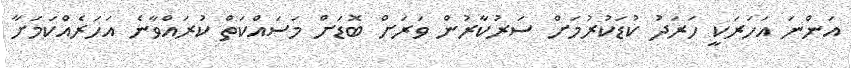
އަންނަ އަހަރަކީ ހަރަދު ކުޑަކުރުމަށް ސަރުކާރުން ވަރަށް ބޮޑަށް މަސައްކަތް ކުރައްވާނެ އަހަރެއްކަމަށާ